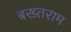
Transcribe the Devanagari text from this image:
बख्तराम